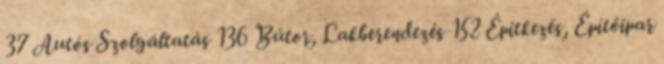
37 Autós Szolgáltatás 136 Bútor, Lakberendezés 152 Építkezés, Építőipar